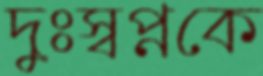
দুঃস্বপ্নকে